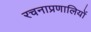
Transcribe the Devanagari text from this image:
रचनाप्रणालियों